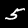
Digit: 5